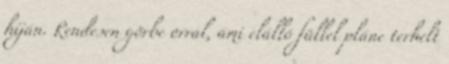
híján. Rendesen görbe orral, ami elálló füllel pláne terhelt